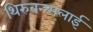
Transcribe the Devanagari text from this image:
थिरुवन्न्मलाई